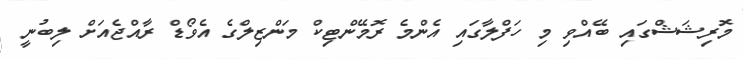
މޮރިޝަޝްގައި ބޭއްވި މި ހަފްލާގައި އެންމެ ރޮމޭންޓިކް މަންޒިލްގެ އެވޯޑް ރާއްޖެއަށް ލިބުނީ